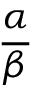
\frac { \alpha } { \beta }